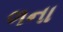
ળના